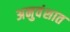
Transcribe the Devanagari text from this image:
अनुवंशात